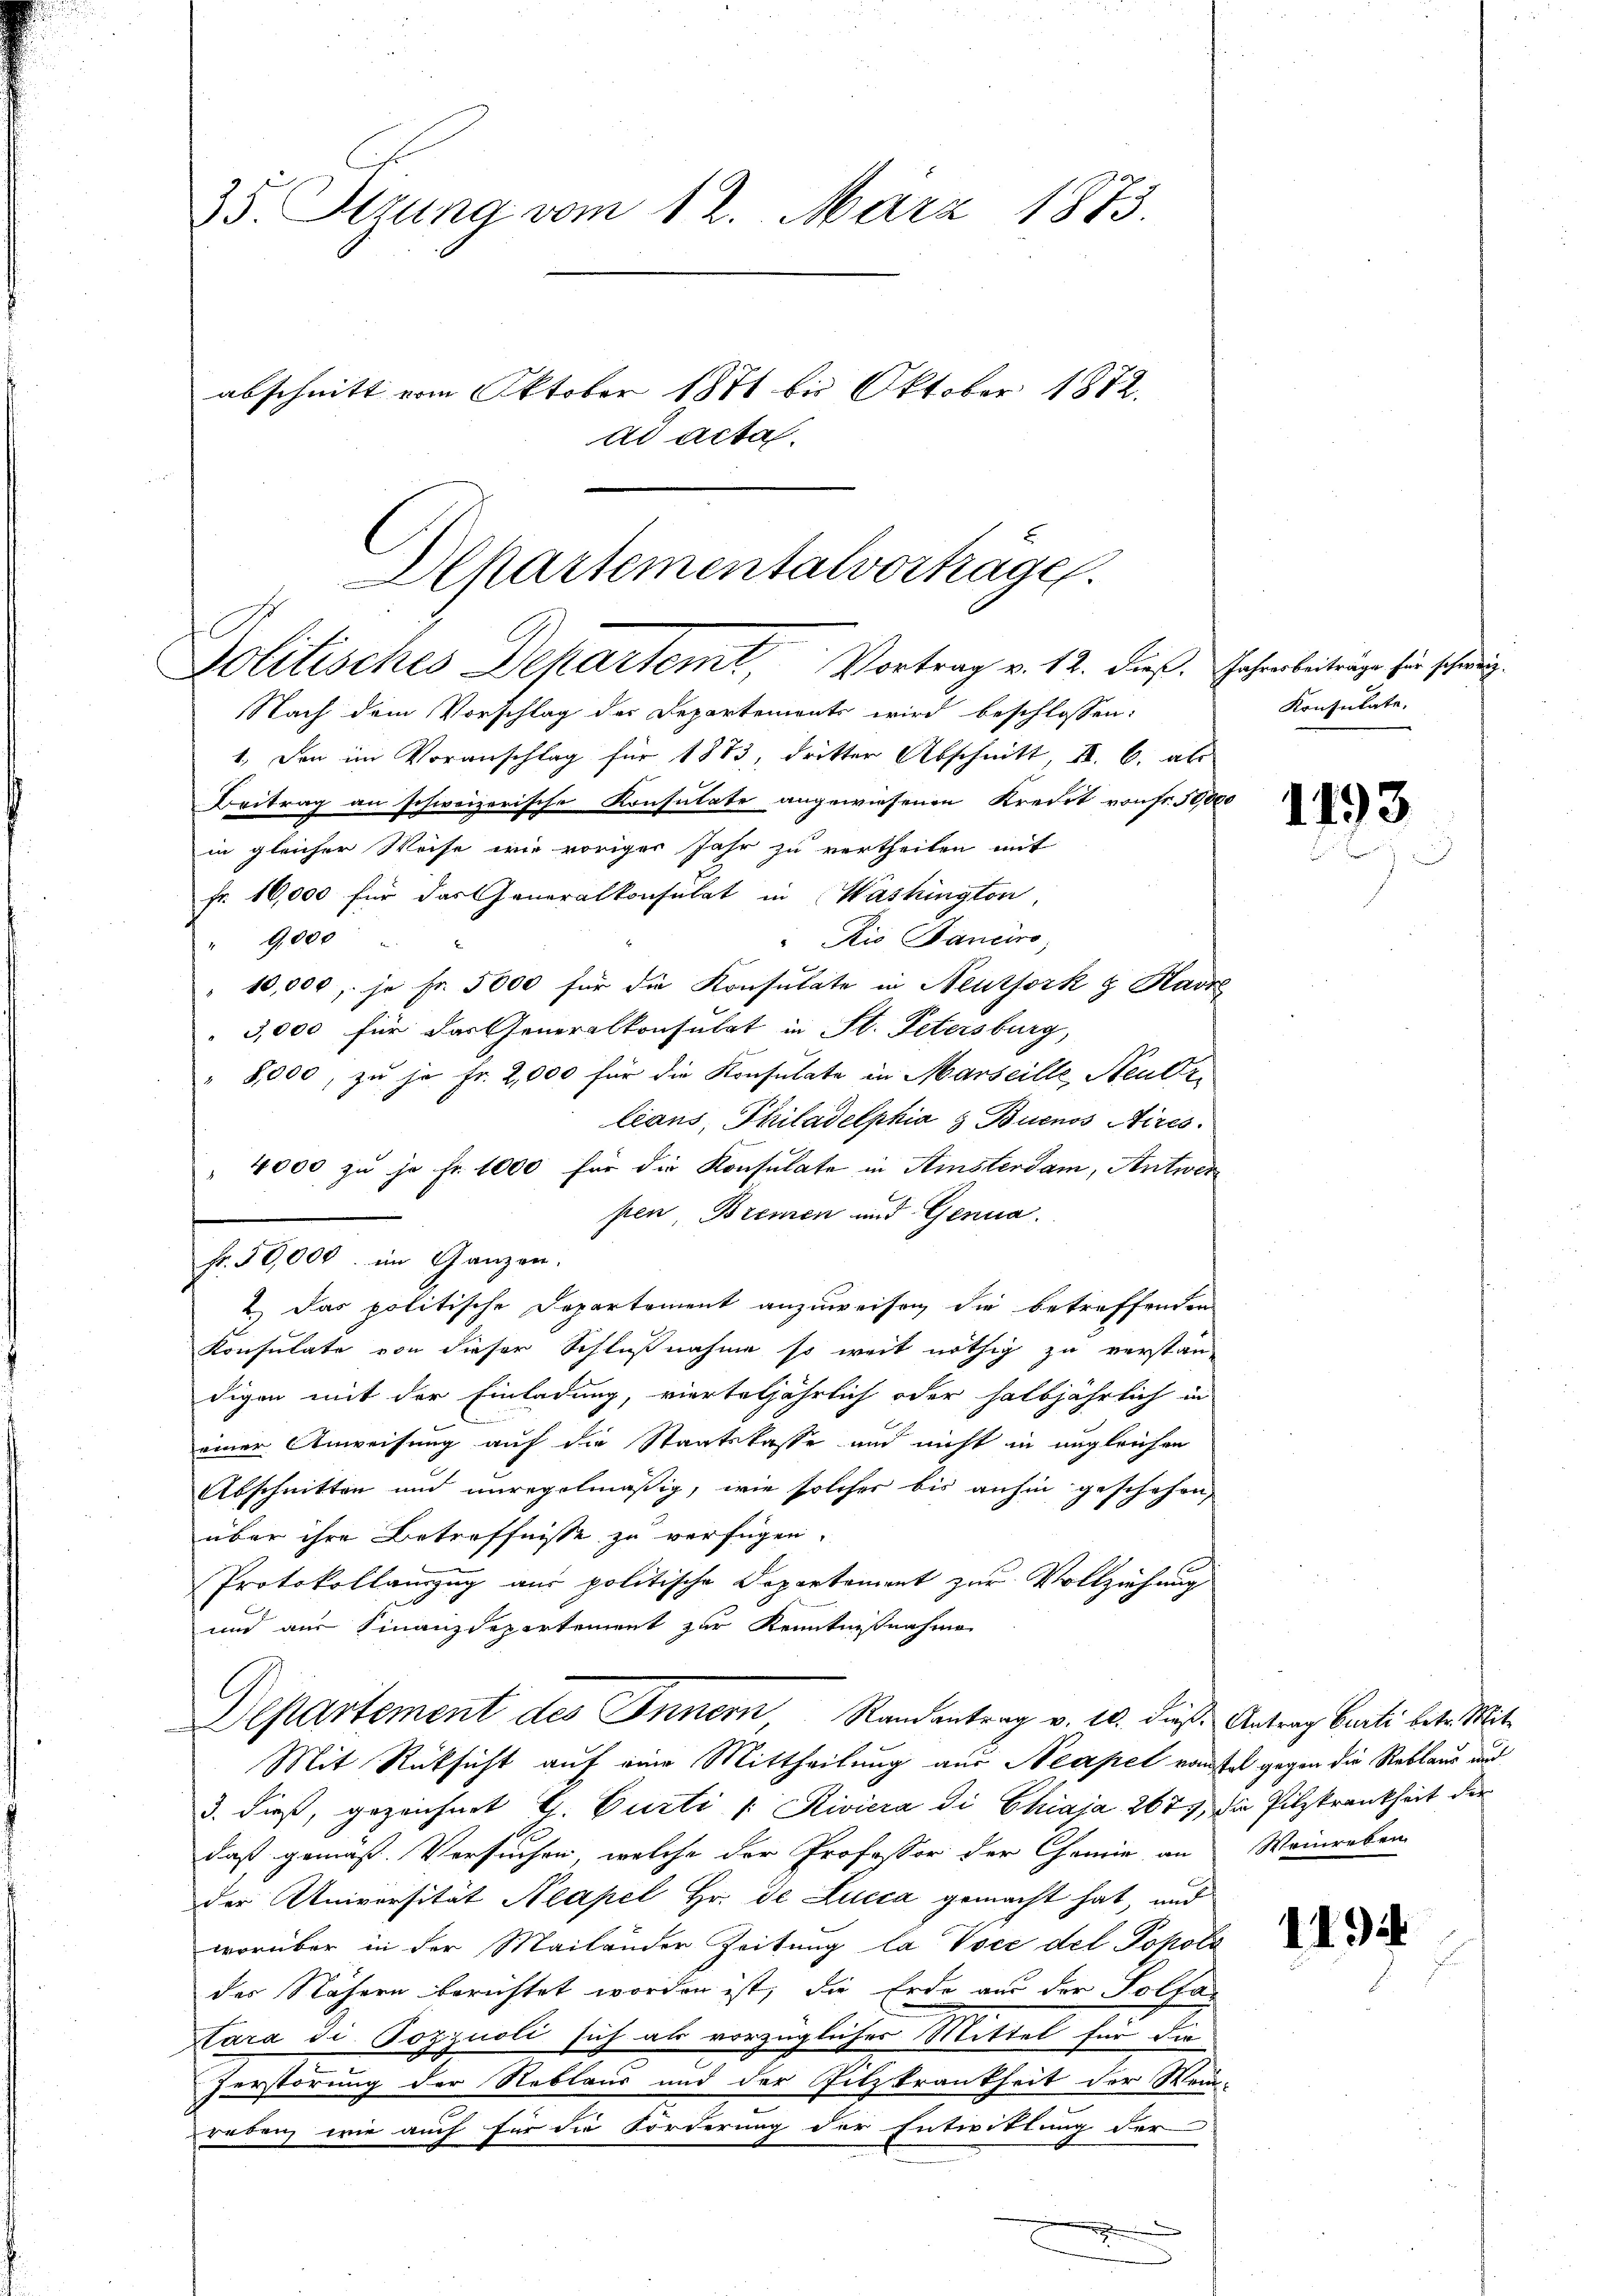
35. Itzung vom 12. März 1873.
abschnitt vom Oktober 1871 bis Oktober 1872.
ad acta.

Departementalvorträge.
Politisches Departemt, Vortrag v. 12. dieß Jahrenbeiträge für schweiz.

Nach dem Vorschlag der Departements wird beschlossen:
1.) Den im Voranschlag für 1873, dritter Abschnitt, II. B. als
Beitrag an schweizerische Konsulate angewiesenen Kredit von Fr. 50,000
in gleicher Weise wie voriger Jahr zu vertheilen mit
fr. 16,000 für das Generalkonsulat in Washington
"Rio Sanciro,
" 9000
10,000, so fr. 5000 für die Konsulate in Neuthork & Havr
3,000 für das Generalkonsulat in St. Petersburg,
"8,000, zu je Fr. 2,000 für die Konsulate in Marseille, Neudrlians, Philadelphia & Buenos Aires.
 4000 zu je Fr. 1000 für die Konsulate in Amsterdam, Antwer
pen Bremen und Genua
2.) Das politische Departement anzuweisen die betreffenden
Konsulate von dieser Schlußnahme so weit nöthig zu verstan
digen mit der Einladung, vierteljährlich oder halbjährlich in
einer Anweisung auf die Staatskasse und nicht in ungleichen
Abschnitten und unregelmäßig, wie solcher bis anhin geschehen,
über ihre Betreffnisse zu verfügen.
s
Protokollauszug aus politische Departement zur Vollziehung
und aus Finanzdepartement zur Kenntnißnahme
Departement des Innern, Randantrag v. 10. dieß Antrag Curti betr. Mit
Mit Rücksicht auf eine Mittheilung aus Neapel ranstalt gegen die Reblaus und
3. dieß, gezeichnet G. Curti /: Riviera die Chiaia 267, die Pilzkrankheit der
daß gemäß Versuchen, welche der Professor der Chemie an Weinreben-
der Universität Neapel Hr. de Lucca gemacht hat, und
worüber in der Mailander Zeitung la Voce del Popoli
des Nähern berichtet worden ist, die Erde aus der Soltatara di Pozzuoli sich als vorzügliches Mittel für die
Zerstörung der Reblaus und der Sitzkrankheit der Wein-
reben wie auch für die Forderung der Entwittung der

Fr. 50,000. im Ganzen.

2

Konsulate.

1793

112